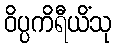
ဝိပ္ပကိရီယိံသု